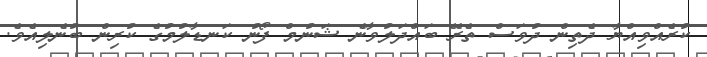
ކުރެއްވިއްޔާ ދެތިން ދުވަސް ތެރޭ ބައްދަލުވާނެ ޝަނުމް ފޯނު ކަނޑާލުމުގެ ކުރިން ބުނެލިއެވެ.